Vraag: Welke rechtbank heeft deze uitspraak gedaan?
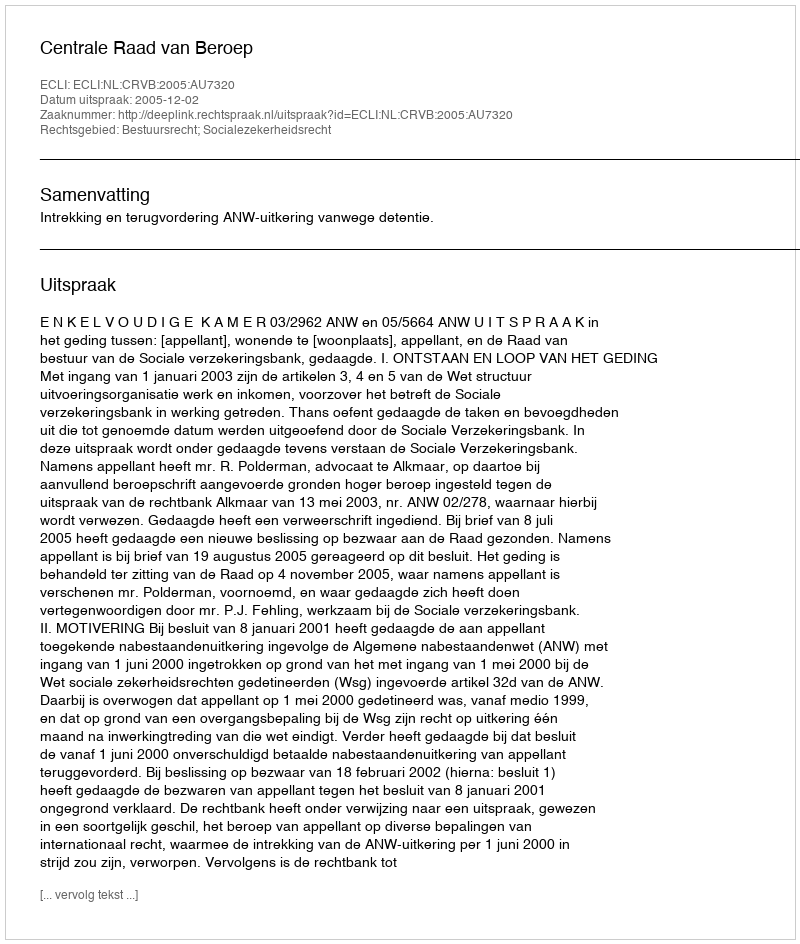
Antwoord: Centrale Raad van Beroep